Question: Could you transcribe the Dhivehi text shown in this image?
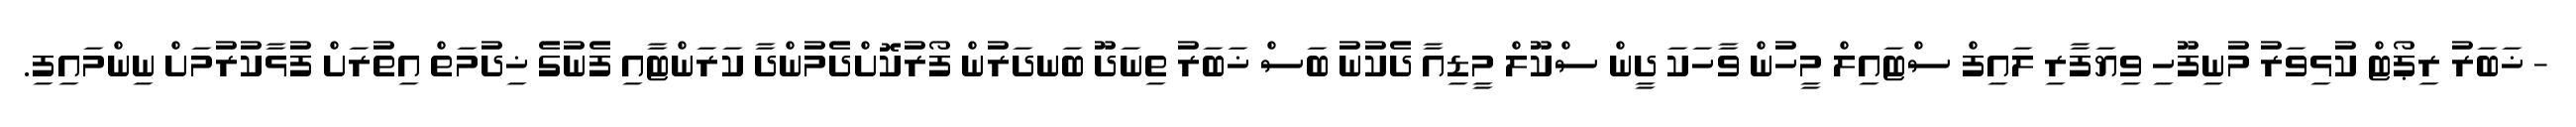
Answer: - ޚަބަރު ރިޕޯޓް ކުޅިވަރު މުނިފޫހި ވިޔަފާރި ލައިފް ސްޓައިލް މީހުން ވާހަކަ ދީން ސްކޫލް މީޑިއާ ދެކުނު ބަސް ޚަބަރު ތިނަދޫ ބަނދަރުން ފޯރުކޮށްދެމުންދާ ކަރަންޓާއި ފެނުގެ ޚިދުމަތް އިތުރަށް ފުޅާކުރުމަށް ނިންމައިފި.